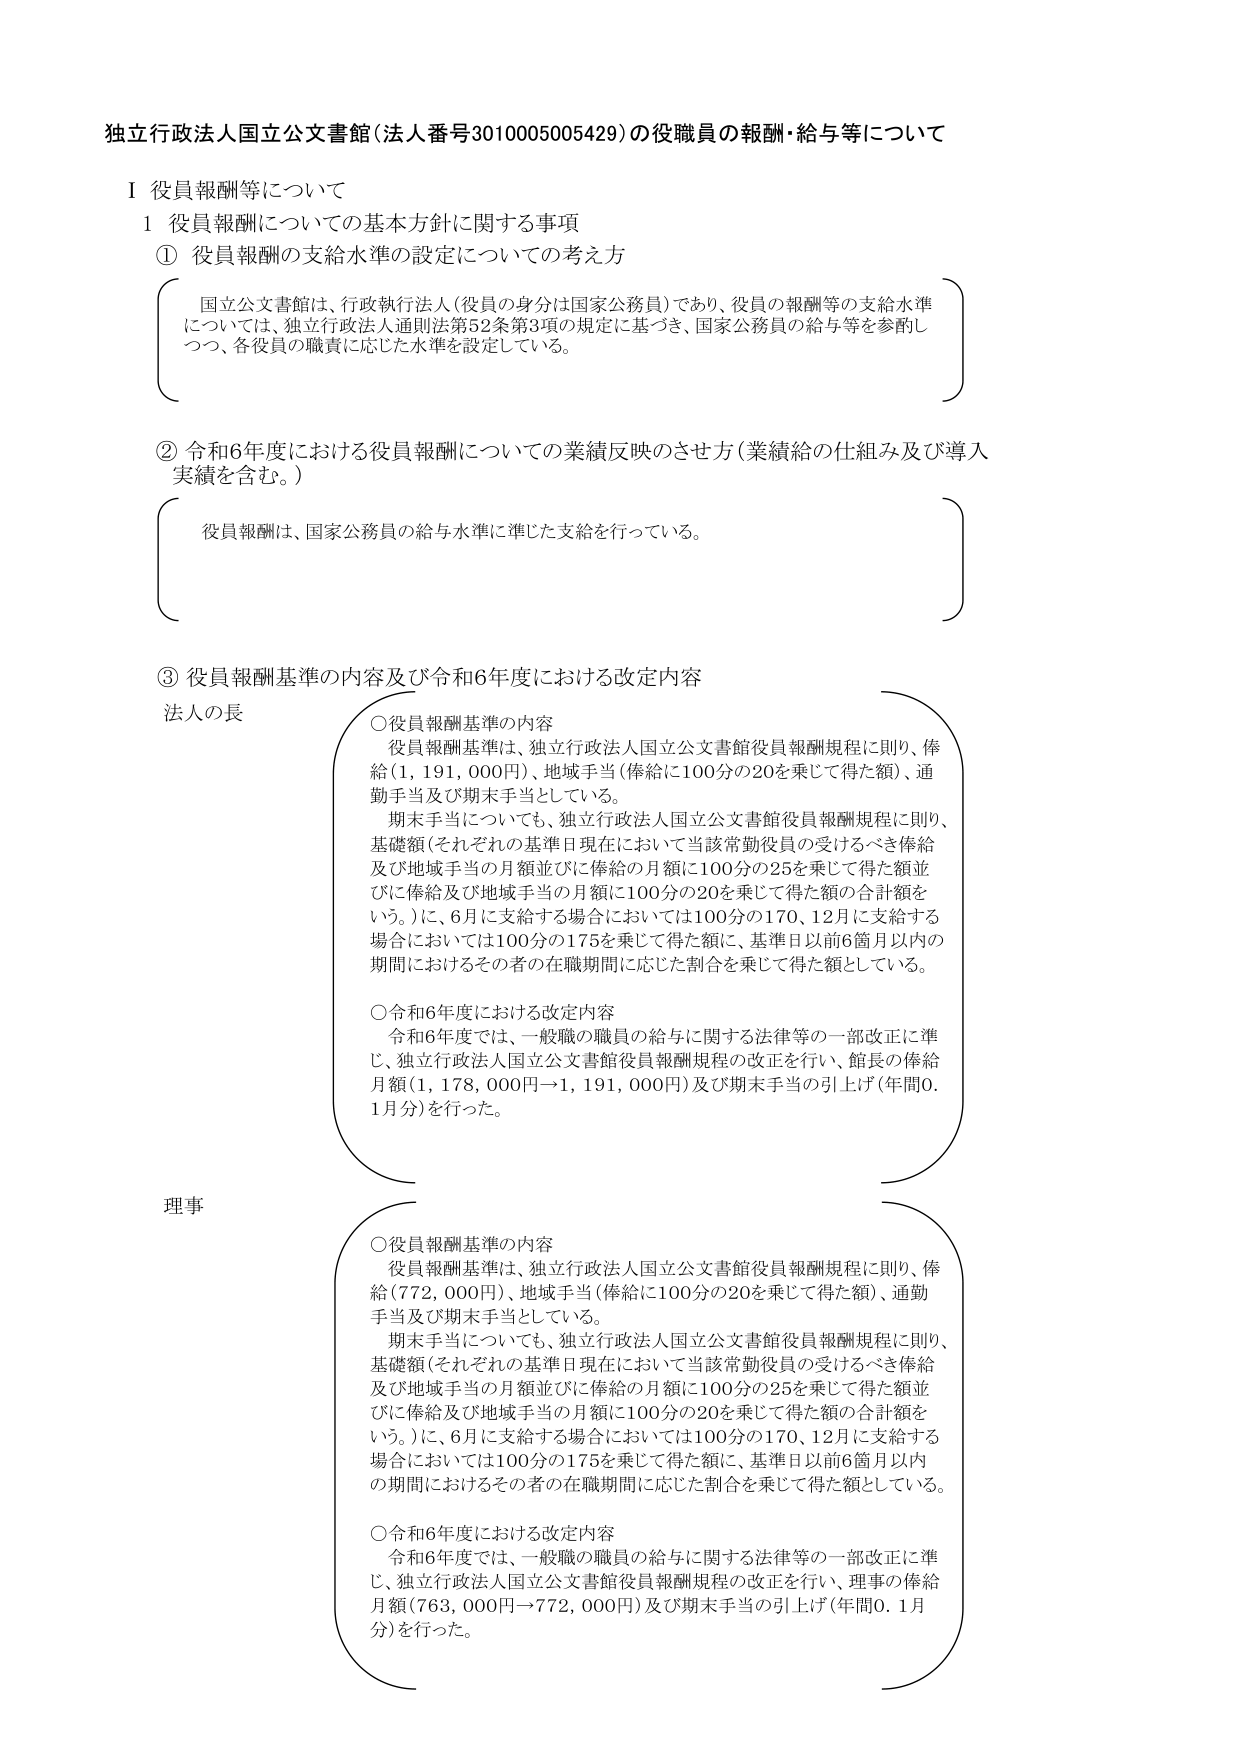
独立行政法人国立公文書館（法人番号3010005005429）の役職員の報酬・給与等について

Ⅰ 役員報酬等について

１ 役員報酬についての基本方針に関する事項

① 役員報酬の支給水準の設定についての考え方

国立公文書館は、行政執行法人（役員の身分は国家公務員）であり、役員の報酬等の支給水準については、独立行政法人通則法第52条第3項の規定に基づき、国家公務員の給与等を参酌しつつ、各役員の職責に応じた水準を設定している。

② 令和6年度における役員報酬についての業績反映のさせ方（業績給の仕組み及び導入実績を含む。）

役員報酬は、国家公務員の給与水準に準じた支給を行っている。

③ 役員報酬基準の内容及び令和6年度における改定内容

法人の長

○役員報酬基準の内容
役員報酬基準は、独立行政法人国立公文書館役員報酬規程に則り、俸給（1,191,000円）、地域手当（俸給に100分の20を乗じて得た額）、通勤手当及び期末手当としている。
期末手当についても、独立行政法人国立公文書館役員報酬規程に則り、基礎額（それぞれの基準日現在において当該常勤役員の受けるべき俸給及び地域手当の月額並びに俸給の月額に100分の25を乗じて得た額並びに俸給及び地域手当の月額に100分の20を乗じて得た額の合計額をいう。）に、6月に支給する場合においては100分の170、12月に支給する場合においては100分の175を乗じて得た額に、基準日以前6箇月以内の期間におけるその者の在職期間に応じた割合を乗じて得た額としている。

○令和6年度における改定内容
令和6年度では、一般職の職員の給与に関する法律等の一部改正に準じ、独立行政法人国立公文書館役員報酬規程の改正を行い、館長の俸給月額（1,178,000円→1,191,000円）及び期末手当の引上げ（年間0.1月分）を行った。

理事

○役員報酬基準の内容
役員報酬基準は、独立行政法人国立公文書館役員報酬規程に則り、俸給（772,000円）、地域手当（俸給に100分の20を乗じて得た額）、通勤手当及び期末手当としている。
期末手当についても、独立行政法人国立公文書館役員報酬規程に則り、基礎額（それぞれの基準日現在において当該常勤役員の受けるべき俸給及び地域手当の月額並びに俸給の月額に100分の25を乗じて得た額並びに俸給及び地域手当の月額に100分の20を乗じて得た額の合計額をいう。）に、6月に支給する場合においては100分の170、12月に支給する場合においては100分の175を乗じて得た額に、基準日以前6箇月以内の期間におけるその者の在職期間に応じた割合を乗じて得た額としている。

○令和6年度における改定内容
令和6年度では、一般職の職員の給与に関する法律等の一部改正に準じ、独立行政法人国立公文書館役員報酬規程の改正を行い、理事の俸給月額（763,000円→772,000円）及び期末手当の引上げ（年間0.1月分）を行った。